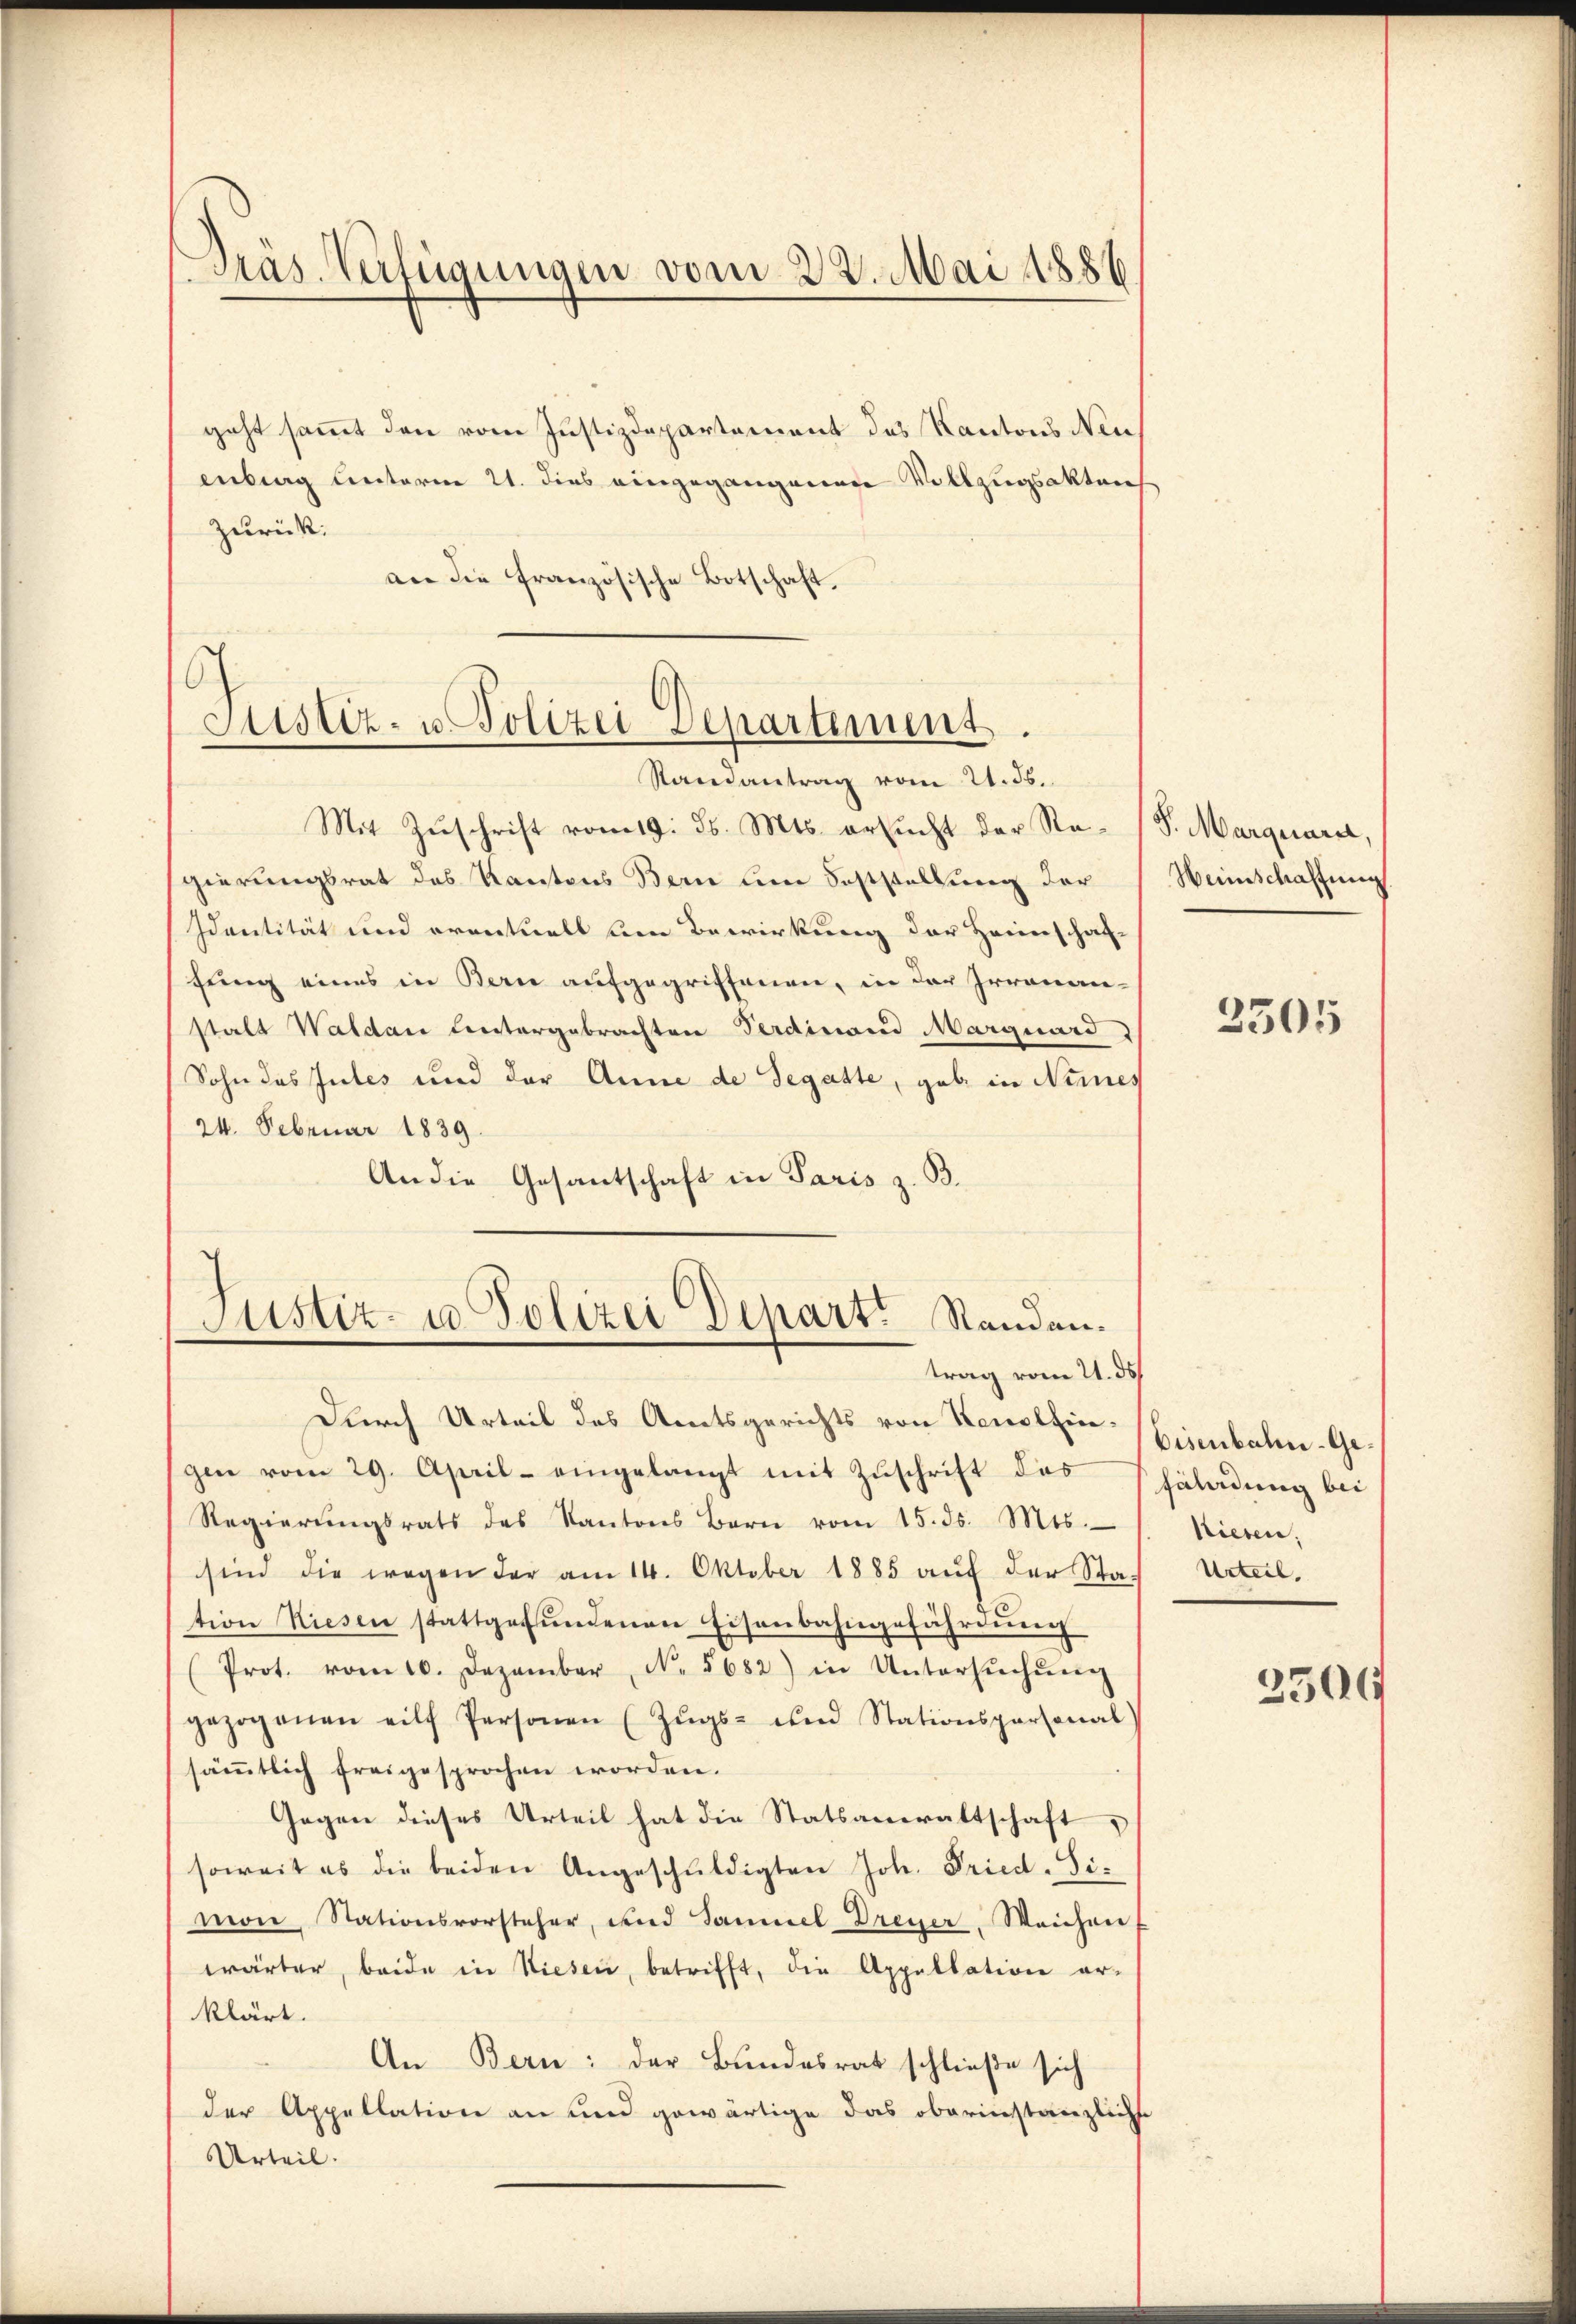
Präs. Verfügungen vom 22. Mai 1886

geht sammt den vom Justizdepartement des Kantons Neuenberg unterm 21. dies eingegangende Vollzugsaktens
zurück:
an die französische Botschaft.

O
Sistiz- u. Polizei Departement
Randantrag vom 21. ds.

Mit Zŭschrift vom 19. ds. Mts. ersŭcht der Re- (S. Marquarel,
gierungsrat des Kantons Bern um Feststellung der
Identität und eventuell den Bewirkung der Heimschaf-
fung eines in Bern aufgegriffenen, in der Irrenanstalt Waldau Untergebrachten Verdinand Marguard
(Sohn des Intes und der Anne de Segatte, gab in Nemes
24. Februar 1839.
An die Gesantschaft in Paris z. B.

Justiz- u. Polizei Depart. Randantrag vom 21. ds

Durch Urteil des Amtsgerichts von Kenolfingen vom 29. April - eingelangt mit Zŭschrift das
Regierŭngsrats des Kantons Bern vom 15. ds. Mts.
sind die wegen der am 14. Oktober 1885 aŭf der Stach Urteil.
tion Riesen stattgefŭndenen Eisenbahngefährdung
(Prot. vom 10. Dezember N. 5682) in Untersŭchŭng
gezogenen eilf Personen (Zŭgs- und Stationspersonal
sämmtlich freigesprochen worden.
Gegen dieses Urteil hat die Statsanwaltschaft
soweit es die beiden Angeschŭldigten Joh. Fried-Sie
mon, Stationsvorsteher, und Sammel Dreyer, Weichen
wärter, beide in Niesen, betrifft, die Appellation er-
klärt.
An Bern: der Bundesrat schließe sich
der Appellation an und gewärtige das oberinstanzliche
Urteil.

Weinschaffung

2505

Eisenbahn-Gefährdung bei
Riesen.

3500